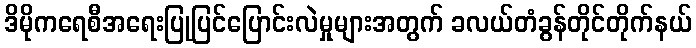
ဒိမိုကရေစီအရေးပြုပြင်ပြောင်းလဲမှုများအတွက် ခလယ်တံခွန်တိုင်တိုက်နယ်